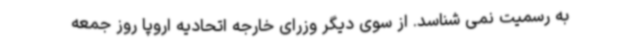
به رسمیت نمی شناسد. از سوی دیگر وزرای خارجه اتحادیه اروپا روز جمعه